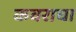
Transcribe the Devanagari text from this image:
कवराचा